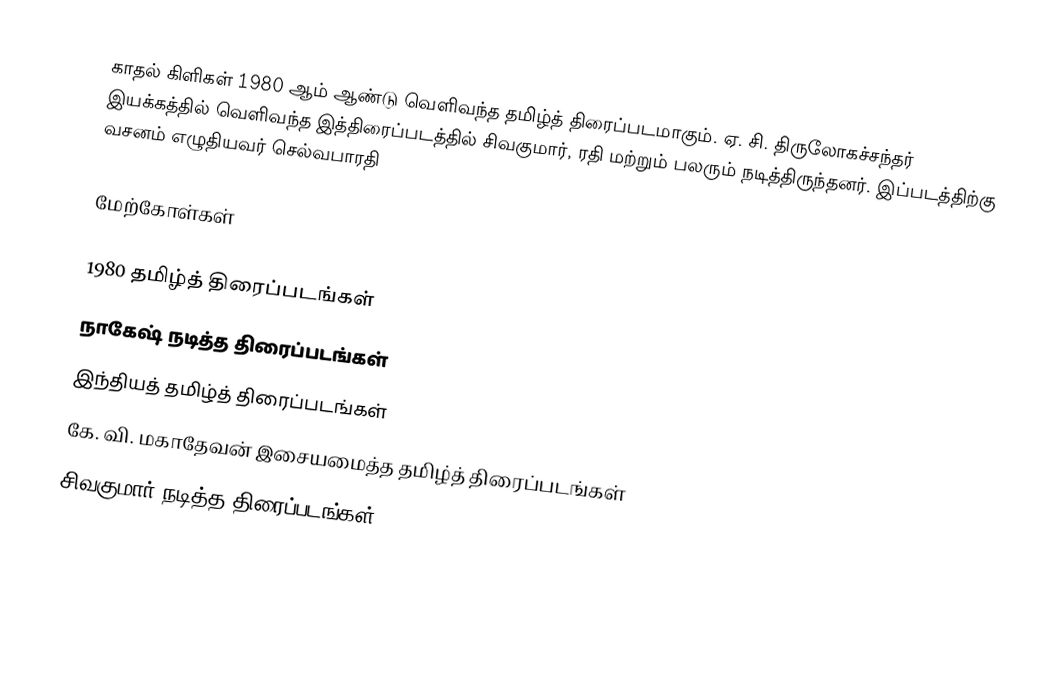
காதல் கிளிகள் 1980 ஆம் ஆண்டு வெளிவந்த தமிழ்த் திரைப்படமாகும். ஏ. சி. திருலோகச்சந்தர் இயக்கத்தில் வெளிவந்த இத்திரைப்படத்தில் சிவகுமார், ரதி மற்றும் பலரும் நடித்திருந்தனர். இப்படத்திற்கு வசனம் எழுதியவர் செல்வபாரதி

மேற்கோள்கள்

1980 தமிழ்த் திரைப்படங்கள்
நாகேஷ் நடித்த திரைப்படங்கள்
இந்தியத் தமிழ்த் திரைப்படங்கள்
கே. வி. மகாதேவன் இசையமைத்த தமிழ்த் திரைப்படங்கள்
சிவகுமார் நடித்த திரைப்படங்கள்